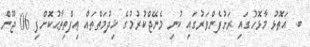
ބ. އަތޮޅު މާޅޮހުގައި ރަށުފެންވަރުގައި ކުނި މެނޭޖްކުރުމުގެ ޚިދުމަތްތައް ޢިފްތިތާޙުކޮށްފި 06 ޖޫން